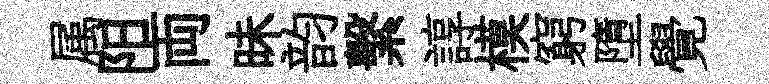
属阳両昧韵繫諄模窮墮覺